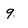
Character: 9